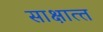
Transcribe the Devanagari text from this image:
साक्षात्‍त